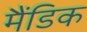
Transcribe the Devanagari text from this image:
मैंडिक